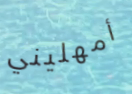
أمهليني